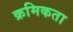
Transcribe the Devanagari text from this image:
क्रमिकता